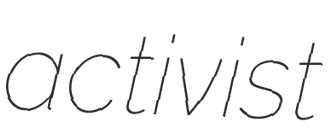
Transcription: activist